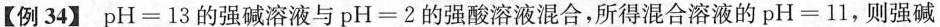
【例34】pH=13的强碱溶液与pH=2的强酸溶液混合，所得混合溶液的pH=11，则强碱